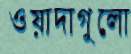
ওয়াদাগুলো